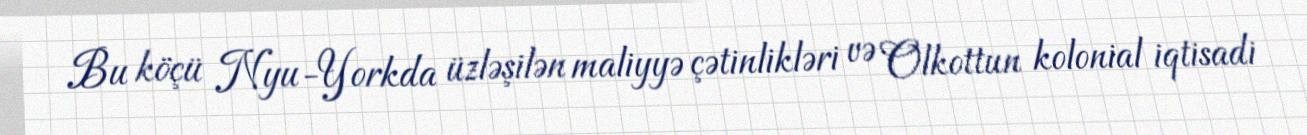
Bu köçü Nyu-Yorkda üzləşilən maliyyə çətinlikləri və Olkottun kolonial iqtisadi